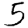
Digit: 3